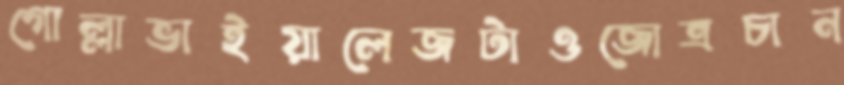
গোল্লাভাইয়ালেজটাওজোত্রচান